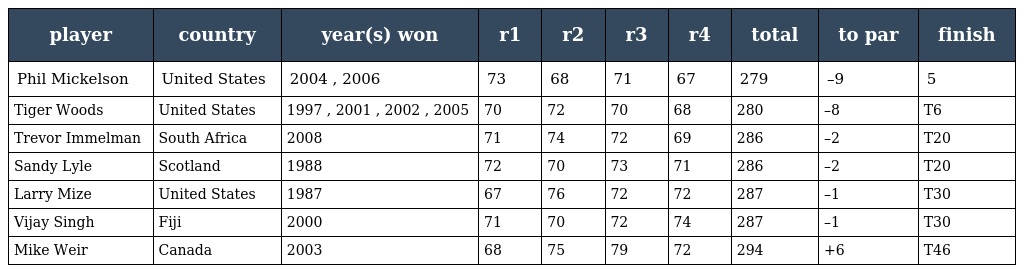
| player | country | year(s) won | r1 | r2 | r3 | r4 | total | to par | finish |
 | --- | --- | --- | --- | --- | --- | --- | --- | --- | --- |
 | Phil Mickelson | United States | 2004 , 2006 | 73 | 68 | 71 | 67 | 279 | –9 | 5 |
 | Tiger Woods | United States | 1997 , 2001 , 2002 , 2005 | 70 | 72 | 70 | 68 | 280 | –8 | T6 |
 | Trevor Immelman | South Africa | 2008 | 71 | 74 | 72 | 69 | 286 | –2 | T20 |
 | Sandy Lyle | Scotland | 1988 | 72 | 70 | 73 | 71 | 286 | –2 | T20 |
 | Larry Mize | United States | 1987 | 67 | 76 | 72 | 72 | 287 | –1 | T30 |
 | Vijay Singh | Fiji | 2000 | 71 | 70 | 72 | 74 | 287 | –1 | T30 |
 | Mike Weir | Canada | 2003 | 68 | 75 | 79 | 72 | 294 | +6 | T46 |